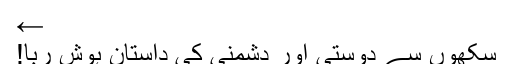
←
سکھوں سے دوستی اور دشمنی کی داستان ہوش ربا!